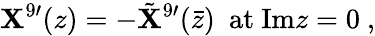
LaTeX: \mathbf{X}^{9\prime}(z)=-{\tilde{{\mathbf{X}}}}^{9\prime}(\bar{{z}})\ \ \mathrm{{at\ Im}}z=0\ ,